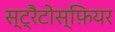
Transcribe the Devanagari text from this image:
स्ट्रैटोस्फ़ियर